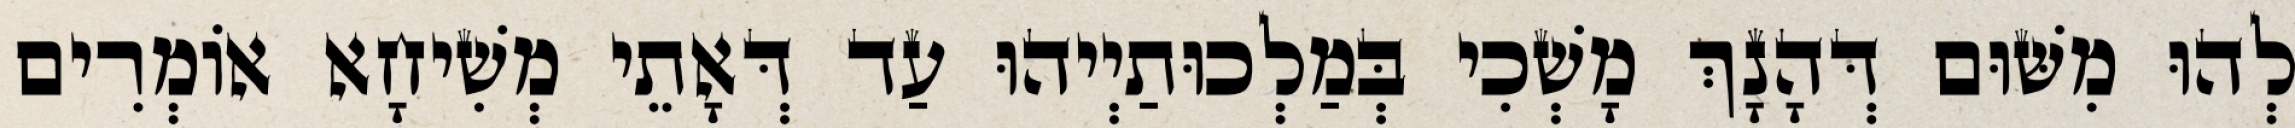
לְהוּ מִשּׁוּם דְּהָנָךְ מָשְׁכִי בְּמַלְכוּתַיְיהוּ עַד דְּאָתֵי מְשִׁיחָא אוֹמְרִים